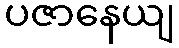
ပဇာနေယျ